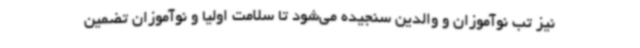
نیز تب نوآموزان و والدین سنجیده می‌شود تا سلامت اولیا و نوآموزان تضمین